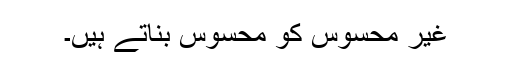
غیر محسوس کو محسوس بناتے ہیں۔